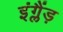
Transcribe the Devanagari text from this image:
इंग्लैंड़